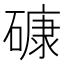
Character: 𥕎